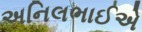
અનિલભાઈએ